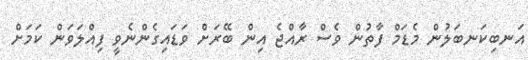
އަނބިކަނބަލުން މެޑަމް ފާތުން ވެސް ރާއްޖެ އިން ބޭރަށް ވަޑައިގެންނެވީ ފިއްލަވަން ކަމަށް